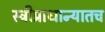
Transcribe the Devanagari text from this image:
स्त्रीप्राधान्यातच